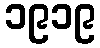
၁၉၁၉